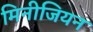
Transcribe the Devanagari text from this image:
मिनीजियन